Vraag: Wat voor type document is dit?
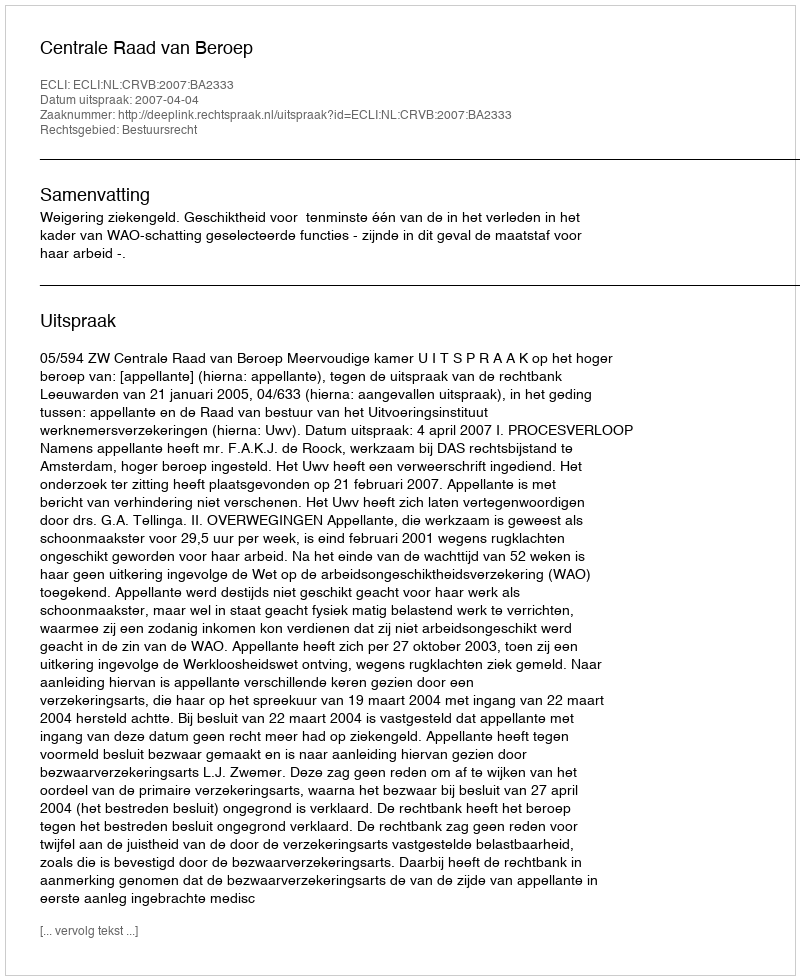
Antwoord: Uitspraak